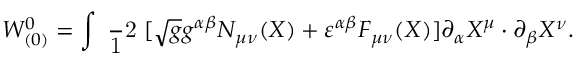
W _ { ( 0 ) } ^ { 0 } = \int \mathrm { \small { ~ \frac ~ 1 2 ~ } } [ \sqrt { g } g ^ { \alpha \beta } N _ { \mu \nu } ( X ) + \varepsilon ^ { \alpha \beta } F _ { \mu \nu } ( X ) ] \partial _ { \alpha } X ^ { \mu } \cdot \partial _ { \beta } X ^ { \nu } .